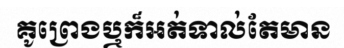
គូព្រេងឬក៏អត់ទាល់តែមាន